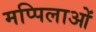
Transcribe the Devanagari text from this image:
मप्पिलाओं